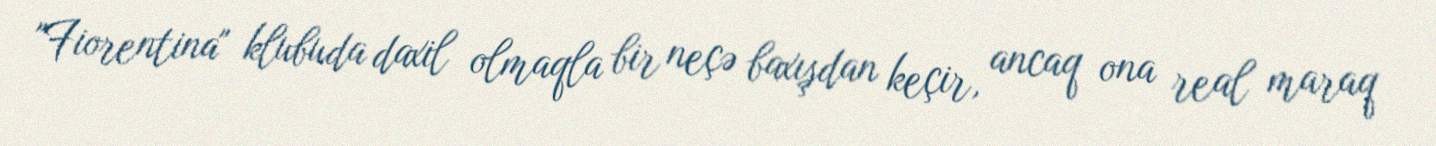
"Fiorentina" klubuda daxil olmaqla bir neçə baxışdan keçir, ancaq ona real maraq